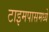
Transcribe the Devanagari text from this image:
टाइमपासमध्ये